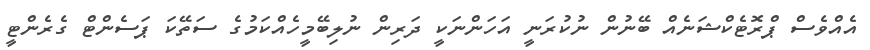
އެއްވެސް ޕްރޮޓެކްޝަނެއް ބޭނުން ނުކުރަނީ އަހަންނަކީ ދަރިން ނުލިބޭމީހެއްކަމުގެ ސަތޭކަ ޕަސެންޓް ގެރެންޓީ